Leprosy in India: report of the Leprosy Commission in India, 1890-91
Year: 1890
Disease focus: Leprosy
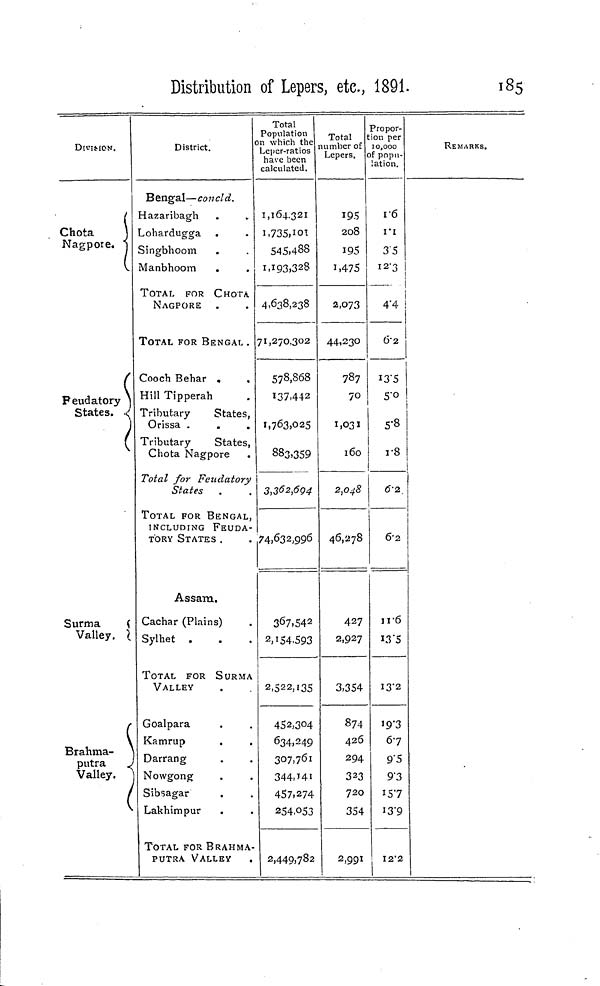
Distribution of Lepers, etc., 1891.
185
DlVIfrlON.
(
Chota
J
Nagpore. S
(
Feudatory ]
States. •<
l
Surma
(
Valley. 1
(
Brahma-
putra
J
Valley.
j
\
District.
Bengal—concld.
•lazaribagh
_ohardugga .
Singbhoom
Vlanbhoom .
TOTAL FOR CHOTA.
NAGPORE
TOTAL FOR BENGAL .
Cooch Behar .
,
Hill Tipperah
Tributary
States,
Orissa .
Tributary
States,
Chota Nagpore
Total for Feudatory
States
TOTAL FOR BENGAL,
INCLUDING FEUDA-
TORY STATES.
Assam.
Cachar (Plains)
Sylhet .
TOTAL FOR SURMA
VALLEY
Goalpara
Kamrup
Darrang
Nowgong
Sibsagar
Lakhimpur
TOTAL FOR BRAHMA-
PUTRA VALLEY
Total
Population
)n which the
Leper-ratios
have been
calculated.
1,164,321
545,488
1,193,328
4,638,238
71,270.302
578,868
137,442
1,763.025
883,359
3,362,604
74,632,996
367.542
2,154,593
2,522,135
452,304
634,249
307,761
344. Hi
457.274
254,053
2,449,782
Total
umber of
Lepers.
195
208
195
J.475
2,073
44,230
787
70
1.031
160
2,048
46,278
427
2,927
3,354
874
426
294
323
720
354
2,991
Propor-
ion per
10,000
)f popu-
lation.
v6
VI
35
12-3 j
!
4"4 i
6-2
5-o
5-8
r8
6-2
6-2
116
13 '5
13-2
I9'3
67
9'5
9 - 3
157
I3"9
I2'2
REMARKS.